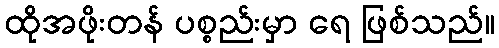
ထိုအဖိုးတန် ပစ္စည်းမှာ ရေ ဖြစ်သည်။